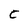
Character: c